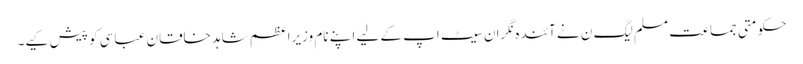
حکومتی جماعت مسلم لیگ ن نے آئندہ نگران سیٹ اپ کے لیے اپنے نام وزیراعظم شاہد خاقان عباسی کو پیش کیے۔